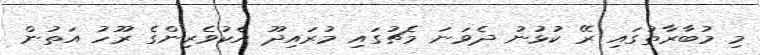
މި މުބާރާތުގައި ރޭ ކުޅުނު ދެވަނަ މެޗުގައި މުރައިދޫ އެކުވެރިންގެ ރޫހު އަތުން